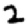
Digit: 2